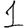
Digit: 1